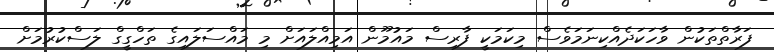
ފަރާތްތަކުން ވާހަކަދެއްކިނަމަވެސް މިކަމަކީ ފާރިސް މައުމޫން އަމިއްލައަށް މި މައްސަލައިގެ ތަހްގީގް ލަސްކުރުމަށް